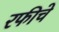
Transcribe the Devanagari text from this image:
रफीचे